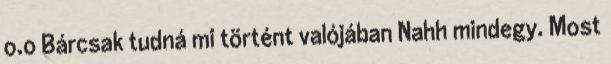
o.o Bárcsak tudná mi történt valójában Nahh mindegy. Most